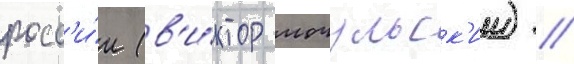
росс'и́и (в'и́ктор мочульск'ии) /